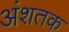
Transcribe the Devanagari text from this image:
अंशतक